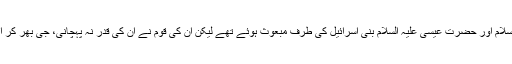
حضرت موسیٰ علیہ السلام اور حضرت عیسیٰ علیہ السلام بنی اسرائیل کی طرف مبعوث ہوئے تھے لیکن ان کی قوم نے ان کی قدر نہ پہچانی، جی بھر کر انہیں ستایا اور جھٹلایا۔